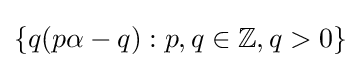
\textstyle \{q(p\alpha -q):p,q\in \mathbb {Z} ,q>0\}